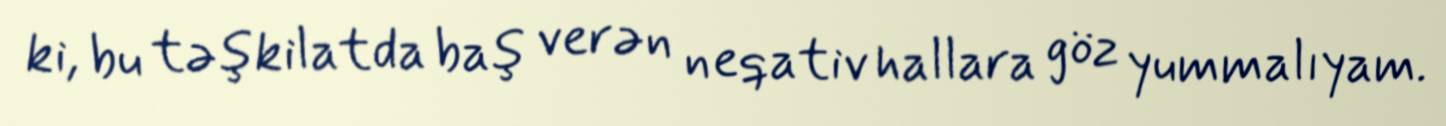
ki, bu təşkilatda baş verən neqativ hallara göz yummalıyam.